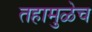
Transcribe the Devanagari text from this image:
तहामुळेच